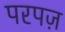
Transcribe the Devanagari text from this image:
परपज़